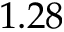
1 . 2 8